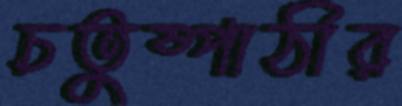
চতুষ্পাঠীর